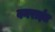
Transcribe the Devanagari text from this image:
वनरार्इत